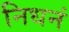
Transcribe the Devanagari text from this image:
निधनं